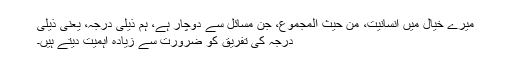
میرے خیال میں انسانیت، من حیث المجموع، جن مسائل سے دوچار ہے، ہم ذیلی درجہ، یعنی ذیلی
درجہ کی تفریق کو ضرورت سے زیادہ اہمیت دیتے ہیں۔